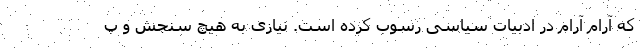
که آرام آرام در ادبیات سیاسی رسوب کرده است. نیازی به هیچ سنجش و پ